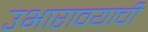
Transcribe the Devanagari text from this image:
उभारावयाची